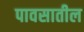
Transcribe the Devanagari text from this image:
पावसातील